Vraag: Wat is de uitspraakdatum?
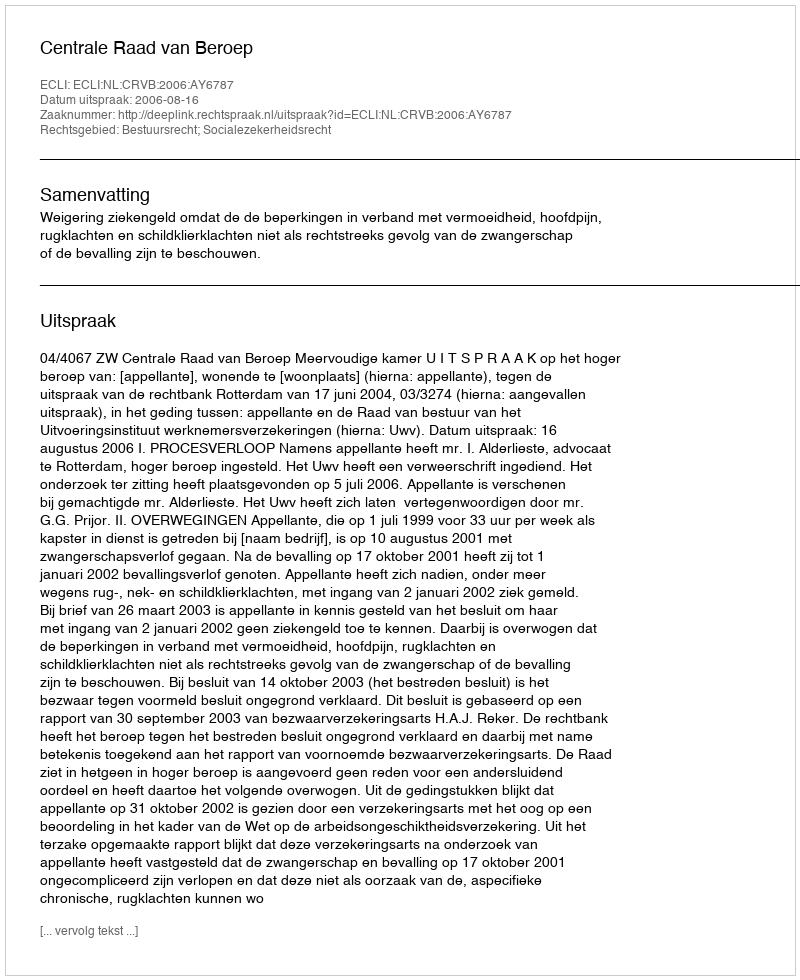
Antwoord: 2006-08-16